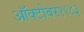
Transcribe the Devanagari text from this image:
ऑक्‍टोबर१९८३